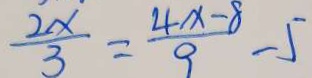
\frac { 2 x } { 3 } = \frac { 4 x - 8 } { 9 } - 5